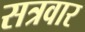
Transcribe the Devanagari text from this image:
सत्रवार